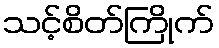
သင့်စိတ်ကြိုက်